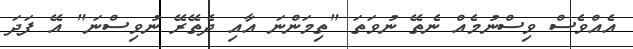
އެއްވެސް ވިސްނުމެއް ނެތޭ ނުވަތަ "ތިމަންނަ އާއި ދެތޭރޭ ނުވިސްނަ" އޭ ފަދަ